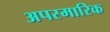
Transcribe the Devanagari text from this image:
अपस्मारिक